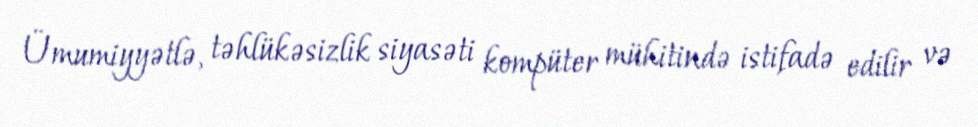
Ümumiyyətlə, təhlükəsizlik siyasəti kompüter mühitində istifadə edilir və